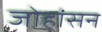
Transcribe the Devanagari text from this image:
जोहांसन